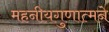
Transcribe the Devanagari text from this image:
महनीयगुणात्मने